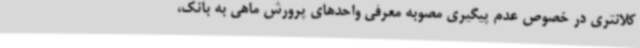
کلانتری در خصوص عدم پیگیری مصوبه معرفی واحدهای پرورش ماهی به بانک،